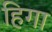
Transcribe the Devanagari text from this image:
हिगा